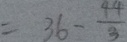
= 3 6 - \frac { 4 4 } { 3 }